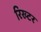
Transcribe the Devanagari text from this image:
रिख्टर